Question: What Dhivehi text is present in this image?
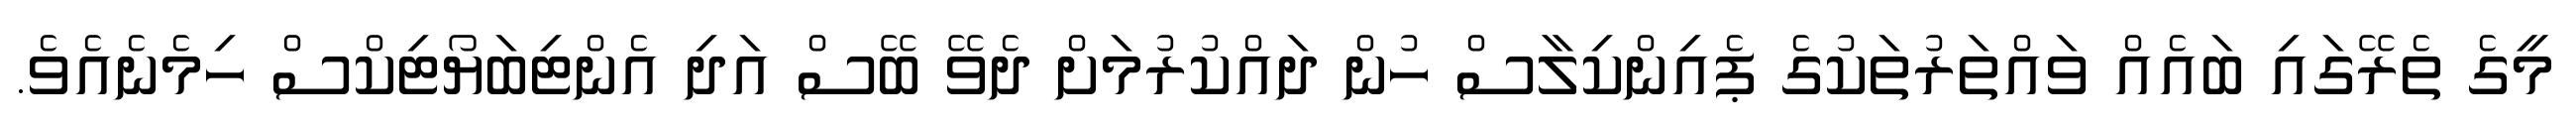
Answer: މީގެ ތެރޭގައި ބައެއް ވައްތަރުތަކުގެ ޕެއިންކިލާސް ހުން ދައްކުރުމަށް ދެވޭ ބޭސް އަދި އެންޓިބަޔޯޓިކްސް ހިމެނެއެވެ.